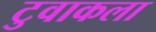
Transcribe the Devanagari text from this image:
टुवाकला